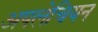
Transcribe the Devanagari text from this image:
अपलेचियन